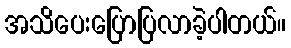
အသိပေးပြောပြလာခဲ့ပါတယ်။